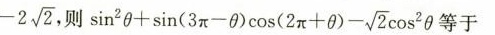
-2 \sqrt{2}$$ 则 $$\sin^{2}\theta + \sin(3 \pi - \theta)\cos(2 \pi + \theta)- \sqrt{2}\cos ^{2}\theta$$ 等于